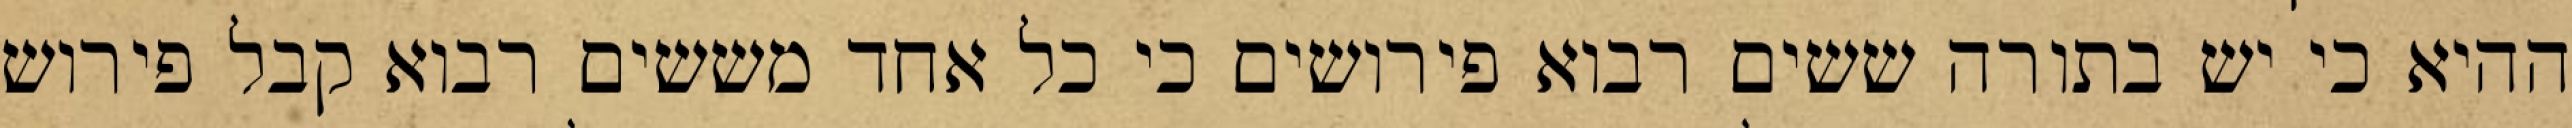
ההיא כי יש בתורה ששים רבוא פירושים כי כל אחד מששים רבוא קבל פירוש